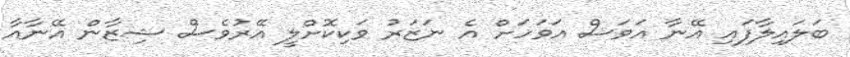
ބަލައިލާފައި އޭނާ އަވަސް އަވަހަށް އެ ނަޒަރު ވަކިކޮށްލީ އޭރުވެސް ޝިޒާން އޭނާއާ